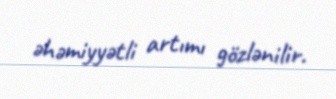
əhəmiyyətli artımı gözlənilir.